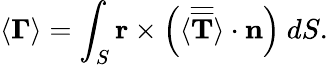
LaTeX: \langle\mathbf{\Gamma}\rangle=\int_{S}\mathbf{r}\times\left(\langle\overline{{\overline{{\mathbf{T}}}}}\rangle\cdot\mathbf{n}\right)~dS.